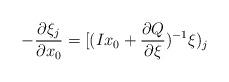
LaTeX: \begin{align*}-\frac {\partial \xi_{j}}{\partial x_0}=[(Ix_0+\frac {\partial Q}{\partial \xi})^{-1}\xi)_{j}\end{align*}